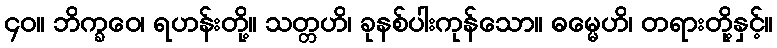
၄၀။ ဘိက္ခဝေ၊ ရဟန်းတို့။ သတ္တဟိ၊ ခုနစ်ပါးကုန်သော။ ဓမ္မေဟိ၊ တရားတို့နှင့်။